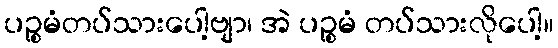
ပဉ္စမံတပ်သားပေါ့ဗျာ၊ အဲ ပဉ္စမံ တပ်သားလိုပေါ့။